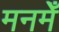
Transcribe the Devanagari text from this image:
मनमेँ